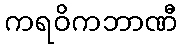
ကရဝိကဘာဏီ